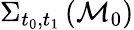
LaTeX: \Sigma_{t_{0},t_{1}}\left(\mathcal{M}_{0}\right)